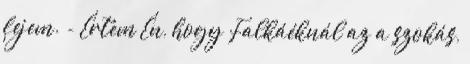
fejem. - Értem Én, hogy Falkáéknál az a szokás,